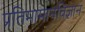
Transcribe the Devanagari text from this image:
प्रतिमामानविज्ञान